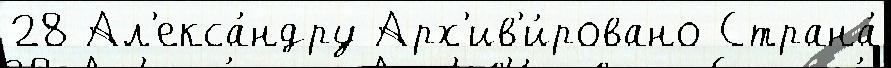
28 Ал'екса́ндру Арх'ив'и́ровано Страна́